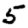
Digit: 5